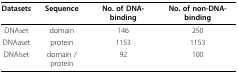
<table><thead><tr><td><b>Datasets</b></td><td><b>Sequence </b></td><td><b>No. of DNA-binding</b></td><td><b>No. of non-DNA-binding</b></td></tr></thead><tbody><tr><td>DNAset</td><td>domain</td><td>146</td><td>250</td></tr><tr><td>DNAaset</td><td>protein</td><td>1153</td><td>1153</td></tr><tr><td>DNAiset</td><td>domain / protein</td><td>92</td><td>100</td></tr></tbody></table>